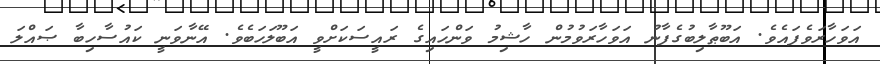
އަވަހާރަވެފައެވެ. އަބޫޠާލިބުގެފާނު އަވަހާރަވުމުން ހާޝިމު ވަންހައިގެ ރައީސަކަށްވީ އަބޫލަހަބެވެ. އޭނާވަނީ ކައުސާހިބާ ޞައްލަ